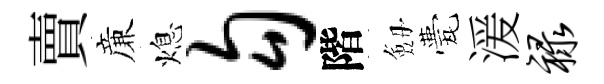
賣亷熄勾階劔甍湲禄